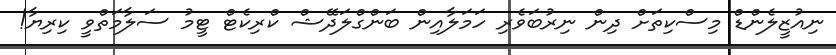
ނިއުޒީލެންޑް މިސްކިތަަށް ދިން ނިރުބަވެރި ހަމަލާއިން ބަންގްލަދޭޝް ކްރިކެޓް ޓީމު ސަލާމަތްވީ ކިރިޔާ!